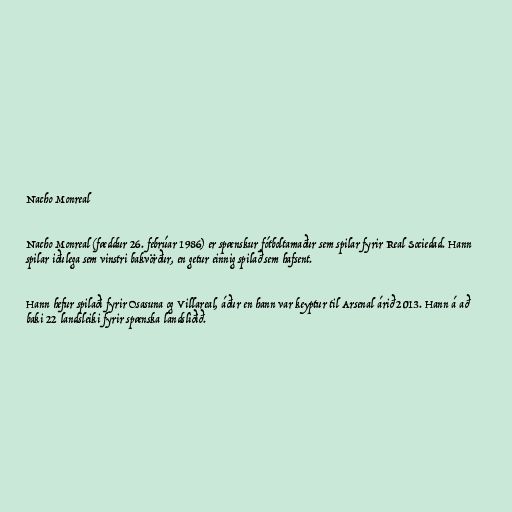
Nacho Monreal

Nacho Monreal (fæddur 26. febrúar 1986) er spænskur fótboltamaður sem spilar fyrir Real Sociedad. Hann
spilar iðulega sem vinstri bakvörður, en getur einnig spilað sem hafsent.

Hann hefur spilaði fyrir Osasuna og Villareal, áður en hann var keyptur til Arsenal árið 2013. Hann á að
baki 22 landsleiki fyrir spænska landsliðið.